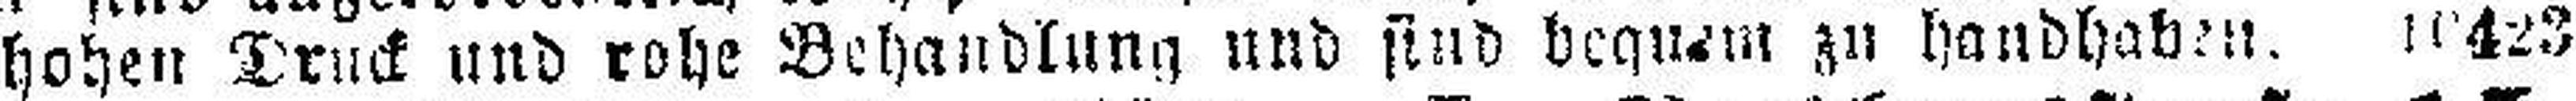
hohen Druck und rohe Behandlung und sind bequem zu handhaben. 10423